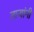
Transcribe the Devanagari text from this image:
तार्‍यांनी